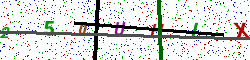
Text: 250UHIX